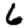
Digit: 6